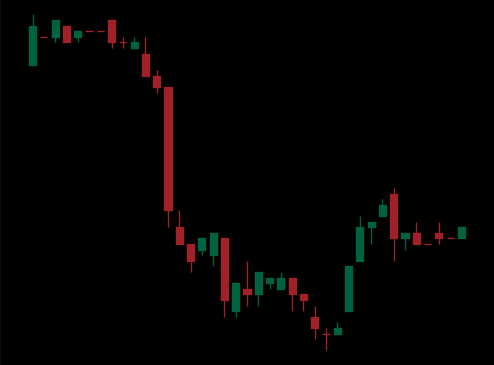
Pattern: bull_flag